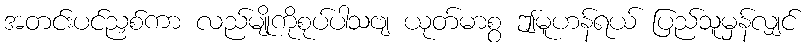
အတင်းပင်ညှစ်ကာ လည်မျိုကိုစုပ်ပါသဗျ ယုတ်မာစွ ဤမူဟန်ရယ် ပြည်သူမှန်လျှင်